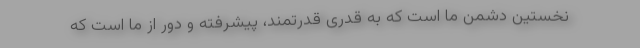
نخستین دشمن ما است که به قدری قدرتمند، پیشرفته و دور از ما است که